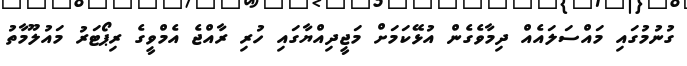
ގުނުމުގައި މައްސަލައެއް ދިމާވެގެން އުޅޭކަމަށް މަޖީދިއްޔާގައި ހުރި ރާއްޖެ އެމްވީގެ ރިޕޯޓަރު މައުލޫމާތު